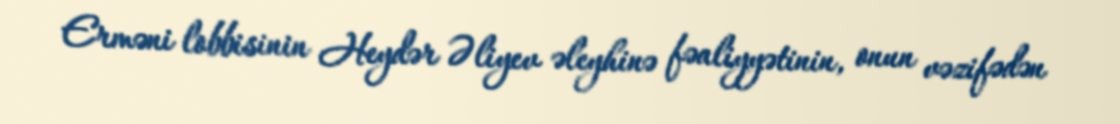
Erməni lobbisinin Heydər Əliyev əleyhinə fəaliyyətinin, onun vəzifədən